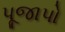
પૂજાપો